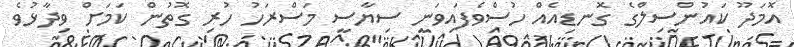
އޮމަދޫ ކައުންސިލްގެ ގޮނޑިއެއް ހުސްވެފައިވަނީ ސިޔާސީ މަސްރަހު ހުރި ގޮތުން ކަމަށް ވިދާޅުވެ